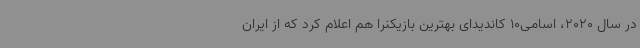
در سال 2020، اسامی10 کاندیدای بهترین بازیکنرا هم اعلام کرد که از ایران